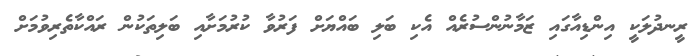
ރީނދުލަކީ އިންޑިއާގައި ޒަމާނުންސުރެއް އެކި ބަލި ބައްޔަށް ފަރުވާ ކުރުމަށާއި ބަލިތަކުން ރައްކާތެރިވުމަށް